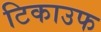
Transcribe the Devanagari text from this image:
टिकाउफ